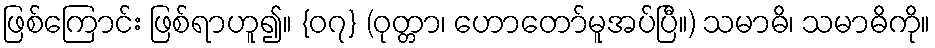
ဖြစ်ကြောင်း ဖြစ်ရာဟူ၍။ {၀၇} (ဝုတ္တာ၊ ဟောတော်မူအပ်ပြီ။) သမာဓိ၊ သမာဓိကို။